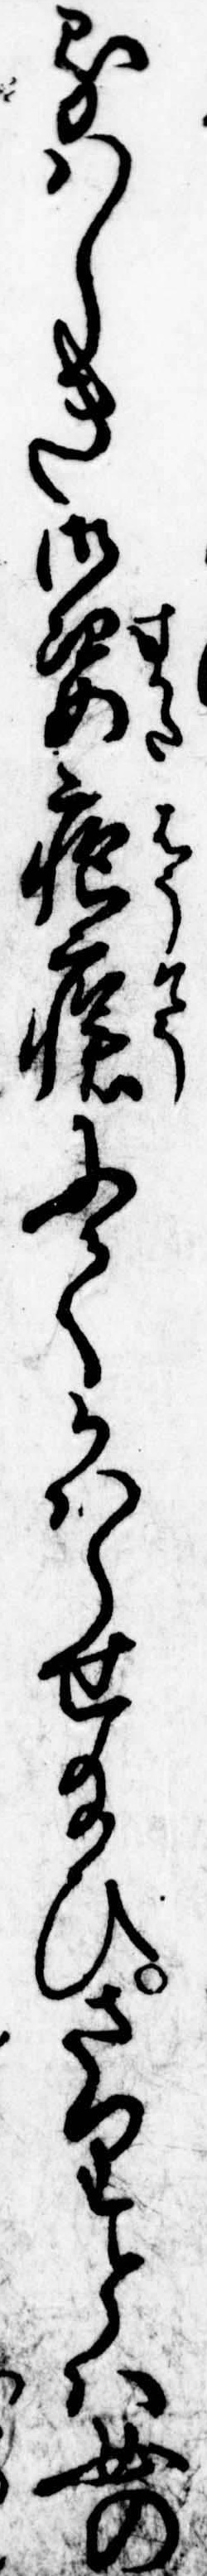
るはしき御姿疱瘡にてかはらせ給ひさりとは女の